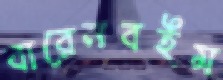
বারেনবইম